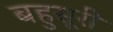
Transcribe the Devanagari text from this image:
बहुसूरी